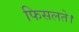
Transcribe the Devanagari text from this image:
फिसलते।